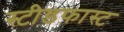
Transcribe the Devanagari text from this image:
स्टीडफास्ट